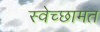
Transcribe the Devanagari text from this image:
स्वेच्छामत